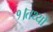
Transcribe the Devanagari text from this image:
१।तथ्यों